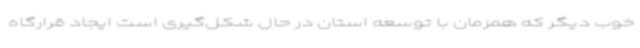
خوب دیگر که همزمان با توسعه استان در حال شکل‌گیری است ایجاد قرارگاه